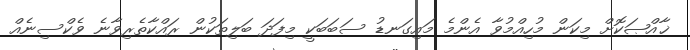
ޚާއްޞަކޮށް މިކަން މުހިއްމުވާ އެންމެ މައިގަނޑު ސަބަބަކީ މިފަދަ ބަލިތަކުން ރައްކާތެރިވާނެ ވެކްސިނެއް